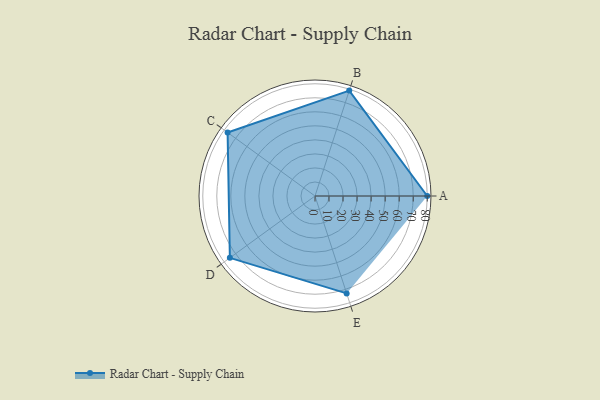
{"axis": {"x": "Skill", "y": "Score"}, "legend": ["Profile"], "data": [{"x": "A", "y": 80.0, "type": "Profile"}, {"x": "B", "y": 79.0, "type": "Profile"}, {"x": "C", "y": 77.0, "type": "Profile"}, {"x": "D", "y": 75.0, "type": "Profile"}, {"x": "E", "y": 73.0, "type": "Profile"}]}